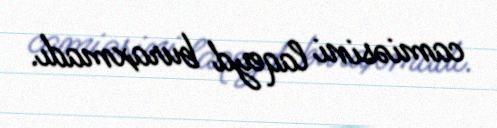
camiəsini laqeyd buraxmadı.